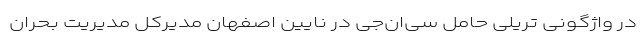
در واژگونی تریلی حامل سی‌ان‌جی در نایین اصفهان مدیرکل مدیریت بحران